Notes on vaccination in the North-West Frontier Province 1923-1928 - 1923-1928
Year: 1923
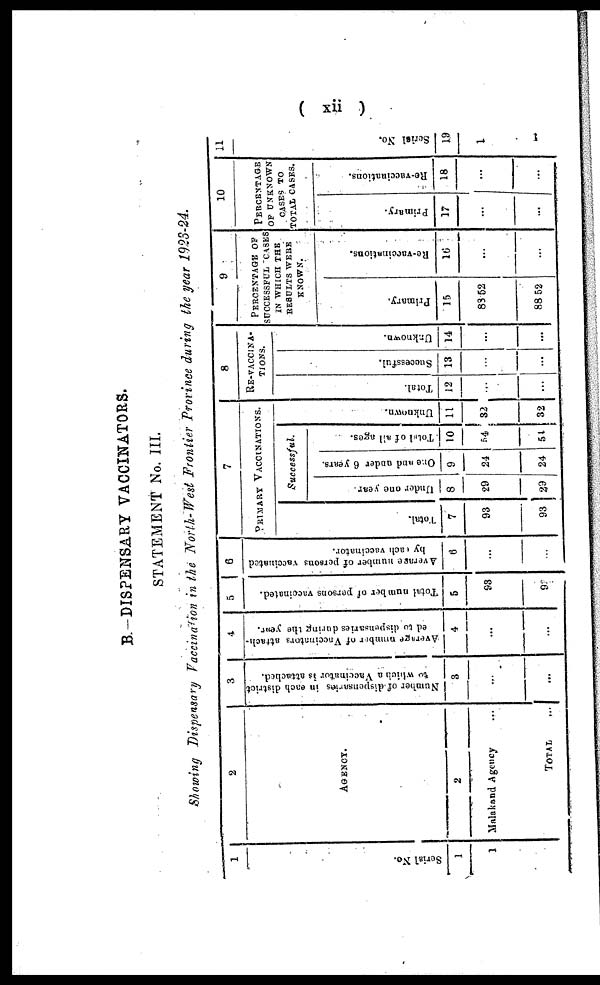
( xii )
B.—DISPENSARY VACCINATORS.
STATEMENT No. III.
Showing Dispensary Vaccination in the North-West Frontier Province during the year 1923-24.
1
Serial No.
1
1
2
AGENCY.
2
Malakand Agency ...
TOTAL ...
3
Number of dispensaries in each district
to which a Vaccinator is attached.
3
...
...
4
Average number of Vaccinators attach¬
ed to dispensaries during the year.
4
...
...
5
Total number of persons vaccinated.
5
93
93
6
Average number of persons vaccinated
by each vaccinator.
6
...
...
7
PRIMARY VACCINATIONS.
Total.
7
93
93
Successful.
Under one year.
8
29
29
One and under 6 years.
9
24
24
Total of all ages.
10
54
54
Unknown.
11
32
32
8
RE-VACCINA¬
------
Total.
12
...
...
Successful.
13
...
...
Unknown.
14
...
...
9
PERCENTAGE OF
SUCCESSFUL CASES
IN WHICH THE
RESULTS WERE
KNOWN.
Primary.
15
88.52
88.52
Re-vaccinations.
16
...
...
10
PERCENTAGE
OF UNKNOWN
CASES TO
TOTAL CASES.
Primary.
17
...
. . .
Re-vaccinations.
18
...
...
11
Serial No.
19
1
1